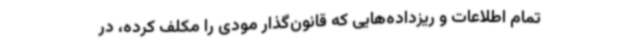
تمام اطلاعات و ریزداده‌هایی که قانون‌گذار مودی را مکلف کرده‌، در